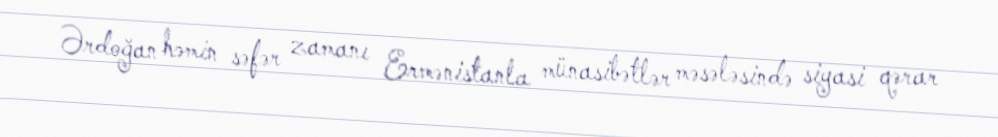
Ərdoğan həmin səfər zamanı Ermənistanla münasibətlər məsələsində siyasi qərar